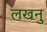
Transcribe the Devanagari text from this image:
लखनु